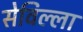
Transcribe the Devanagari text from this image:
सेविल्ला